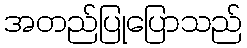
အတည်ပြုပြောသည်